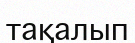
тақалып